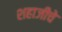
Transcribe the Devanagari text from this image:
शहाजीचे